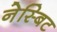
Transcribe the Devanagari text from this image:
नेस्बिट